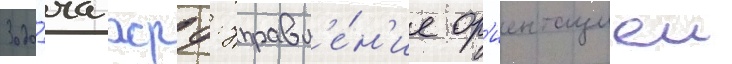
Зада́ча жрд: управл'е́н'ие ор'иентациеи